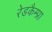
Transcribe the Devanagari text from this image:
रेडकैम्प्रा